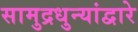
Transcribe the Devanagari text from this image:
सामुद्रधुन्यांद्वारे